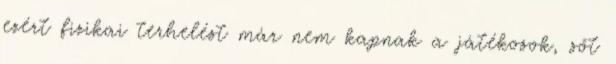
ezért fizikai terhelést már nem kapnak a játékosok, sőt